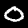
Digit: 0